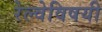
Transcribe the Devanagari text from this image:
रेल्वेविषयी